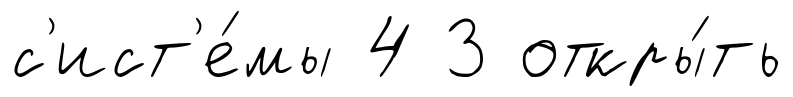
с'ист'е́мы 4 3 откры́ть